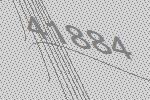
41884